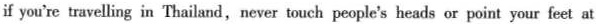
if you're travelling in 'Thailand,never touch people's heads or point your feet at